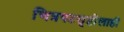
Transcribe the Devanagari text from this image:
चित्रपटसृष्टीलाही